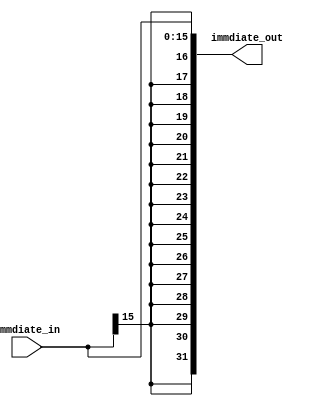
`timescale 1ns / 1ps
//////////////////////////////////////////////////////////////////////////////////
// Company: 
// Engineer: 
// 
// Design Name: 
// Module Name:    SignExtend 
// Project Name: 
// Target Devices: 
// Tool versions: 
// Description: 
//
// Dependencies: 
//
// Revision: 
// Revision 0.01 - File Created
// Additional Comments: 
//
//////////////////////////////////////////////////////////////////////////////////
module SignExtend(
    input [15:0] immdiate_in,
    output reg[31:0] immdiate_out
    );
	 always @(immdiate_in)
		begin
			immdiate_out <={{16{immdiate_in[15]}},immdiate_in};
		end
endmodule